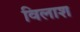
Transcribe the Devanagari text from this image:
विलाश